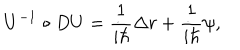
LaTeX: U ^ { - 1 } \circ D U = \frac 1 { i \hbar } \Delta r + \frac 1 { i \hbar } \psi ,